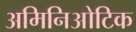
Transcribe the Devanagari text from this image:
अमिनिओटिक